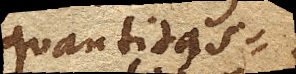
quantitas